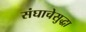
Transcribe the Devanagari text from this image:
संघाचेसुद्धा